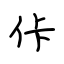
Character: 佧